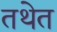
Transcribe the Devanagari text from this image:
तथेत